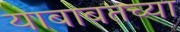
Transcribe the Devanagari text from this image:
याबाबतच्या